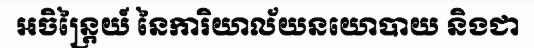
អចិន្ត្រៃយ៍ នៃការិយាល័យនយោបាយ និងជា